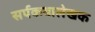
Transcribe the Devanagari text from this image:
सर्पकथालेखक